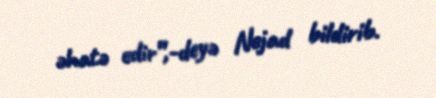
əhatə edir”,-deyə Nejad bildirib.